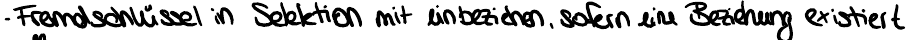
- Fremdschlüssel in Selektion mit einbeziehen, sofern eine Beziehung existiert